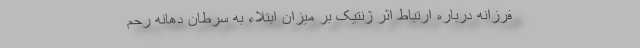
فرزانه درباره ارتباط اثر ژنتیک بر میزان ابتلاء به سرطان دهانه رحم